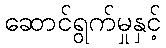
ဆောင်ရွက်မှုနှင့်